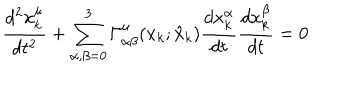
\frac { d ^ { 2 } x _ { k } ^ { \mu } } { d t ^ { 2 } } + \sum _ { \alpha , \beta = 0 } ^ { 3 } \Gamma _ { \alpha \beta } ^ { \mu } ( x _ { k } ; \hat { x } _ { k } ) \frac { d x _ { k } ^ { \alpha } } { d t } \frac { d x _ { k } ^ { \beta } } { d t } = 0